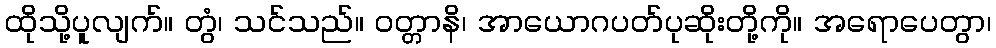
ထိုသို့ပူလျက်။ တွံ၊ သင်သည်။ ဝတ္တာနိ၊ အာယောဂပတ်ပုဆိုးတို့ကို။ အရောပေတွာ၊